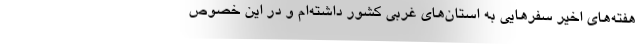
هفته‌های اخیر سفرهایی به استان‌های غربی کشور داشته‌ام و در این خصوص